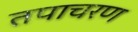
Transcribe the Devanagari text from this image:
तपाचरण